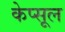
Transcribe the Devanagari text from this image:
केप्सूल